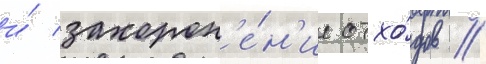
и́ захорон'е́н'ие отхо́дов /